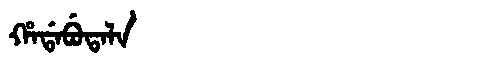
Manchu: ᡥᠠᡩᠠᠪᡠᡨᠠᠯᠠ
Romanization: HADABUTALA